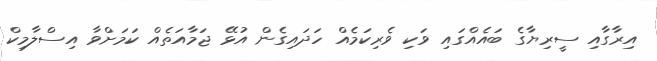
އިރާގާއި ސީރިޔާގެ ބައެއްގައި ވަކި ވެރިކަމެއް ހަދައިގެން އުޅޭ ޖަމާއަތެއް ކަމަށްވާ އިސްލާމިކް